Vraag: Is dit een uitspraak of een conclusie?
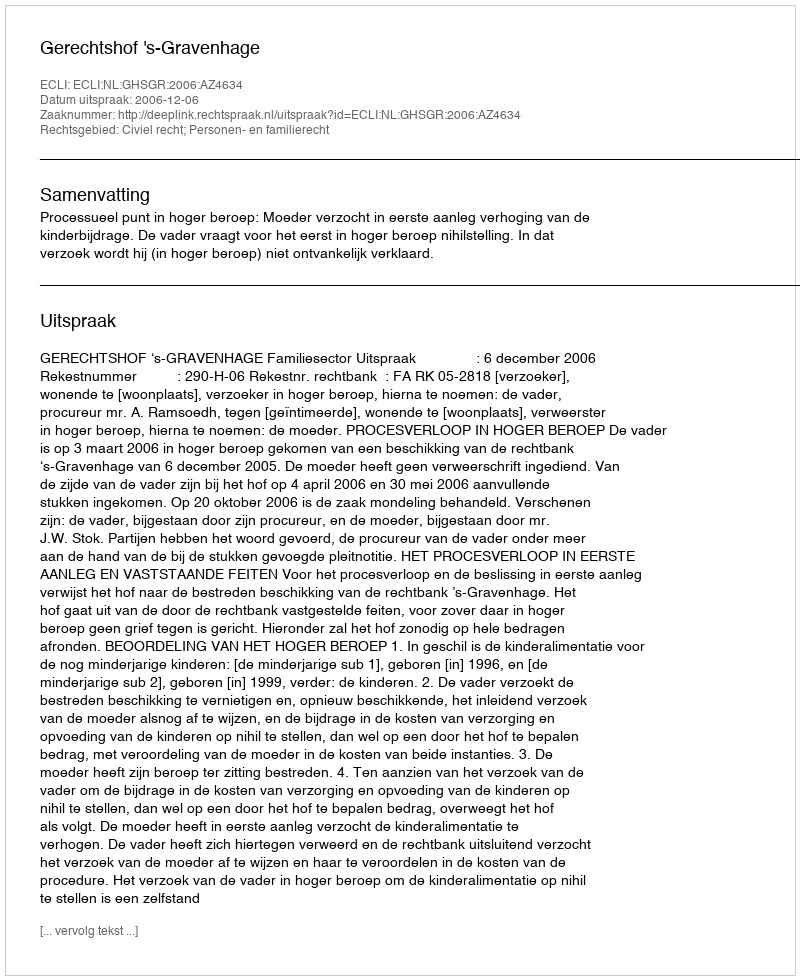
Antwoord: Uitspraak